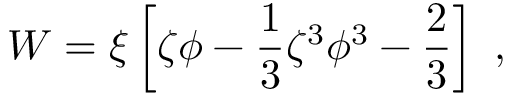
W = \xi \left[ \zeta \phi - { \frac { 1 } { 3 } } \zeta ^ { 3 } \phi ^ { 3 } - { \frac { 2 } { 3 } } \right] ~ ,